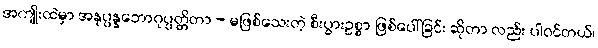
အကျိုးထဲမှာ အနုပ္ပန္နဘောဂုပ္ပတ္တိတာ - မဖြစ်သေးတဲ့ စီးပွားဥစ္စာ ဖြစ်ပေါ်ခြင်း ဆိုတာ လည်း ပါဝင်တယ်၊